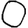
Digit: 0